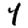
Digit: 4